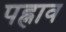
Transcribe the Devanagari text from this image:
पह्नाव